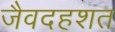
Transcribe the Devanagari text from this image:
जैवदहशत